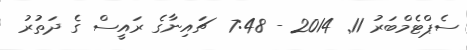
ސެޕްޓެމްބަރު 11